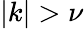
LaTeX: |k|>\nu